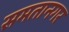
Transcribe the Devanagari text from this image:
समतानगर